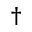
^ { \dag }